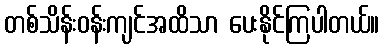
တစ်သိန်းဝန်းကျင်အထိသာ ပေးနိုင်ကြပါတယ်။